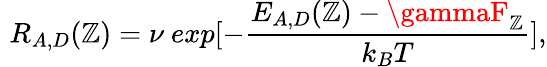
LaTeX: \, \, R_{A,D}(\mathbb{Z})=\nu\ exp[-\frac{{E_{A,D}(\mathbb{Z})-\gammaF_{\mathbb{Z}}}}{{k_{B}T}}],